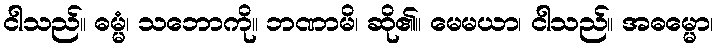
ငါသည်။ ဓမ္မံ၊ သဘောကို။ ဘဏာမိ၊ ဆို၏။ မေမယာ၊ ငါသည်။ အဓမ္မော၊